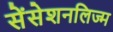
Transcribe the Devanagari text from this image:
सेंसेशनलिज्म